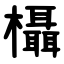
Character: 欇